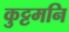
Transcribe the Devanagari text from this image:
कुट्टमनि